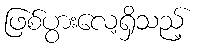
ဖြစ်ပွားလေ့ရှိသည့်